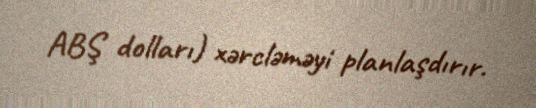
ABŞ dolları) xərcləməyi planlaşdırır.